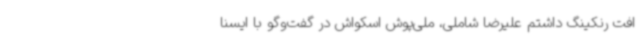
افت رنکینگ داشتم علیرضا شاملی، ملی‌پوش اسکواش در گفت‌وگو با ایسنا